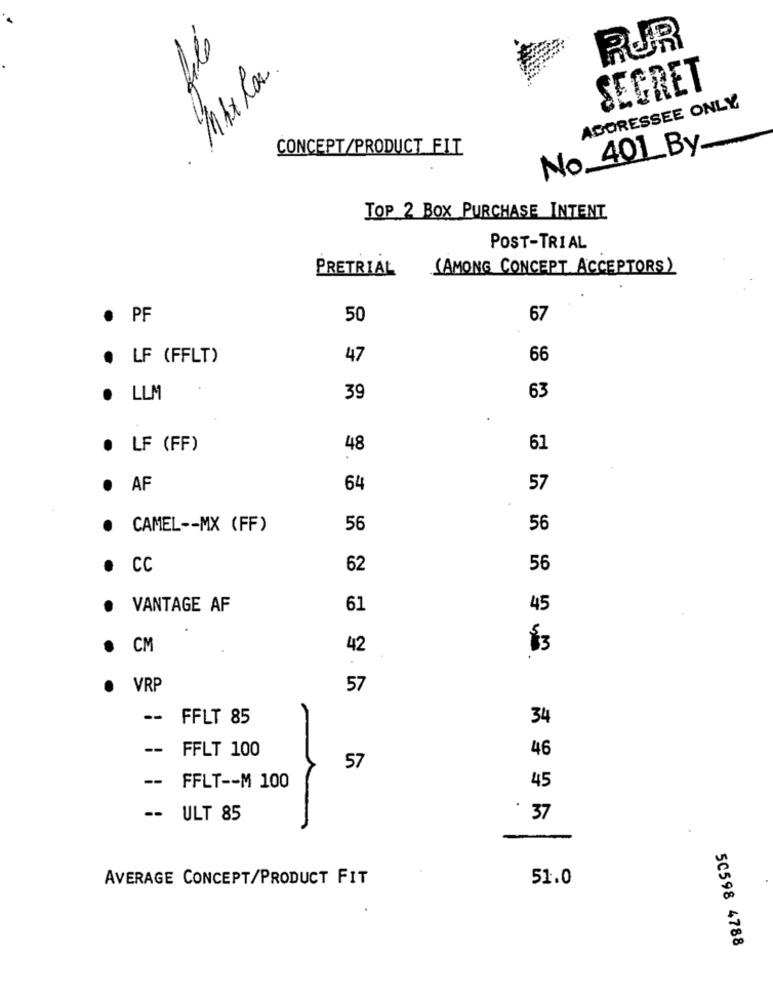
RUR
. Max la.
SEGRET
ADDRESSEE ONLY
CONCEPT/PRODUCT FIT
No_401_By.
TOP 2 BOX PURCHASE INTENT
POST-TRIAL
PRETRIAL
(AMONG CONCEPT ACCEPTORS)
· PF
50
67
. LF (FFLT)
47
66
. LLM
39
63
· LF (FF)
48
61
AF
64
57
CAMEL -- MX (FF)
56
56
.
CC
62
56
VANTAGE AF
61
45
CM
42
83
VRP
57
£
--
FFLT 85
34
--
FFLT 100
46
57
45
-- FFLT -- M 100
-- ULT 85
. 37
-
AVERAGE CONCEPT/PRODUCT FIT
51.0
50598 4788